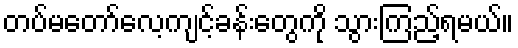
တပ်မတော်လေ့ကျင့်ခန်းတွေကို သွားကြည့်ရမယ်။